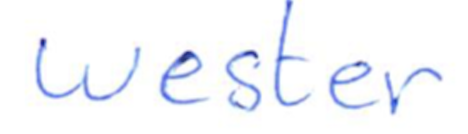
Text: wester
Cross-out: clean
Writing tool: ballpoint